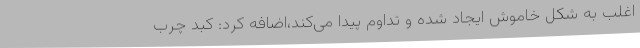
اغلب به شکل خاموش ایجاد شده و تداوم پیدا می‌کند،اضافه کرد: کبد چرب